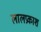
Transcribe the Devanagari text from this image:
लालप्रकाश